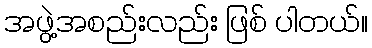
အဖွဲ့အစည်းလည်း ဖြစ် ပါတယ်။